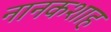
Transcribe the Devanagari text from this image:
नानकशाह